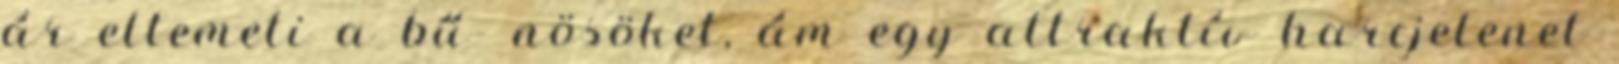
ár eltemeti a bű- nösöket, ám egy attraktív harcjelenet